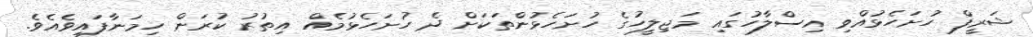
ޝަރީފް ހުށަހެޅުއްވި އިސްލާހުގައި މަޖިލީހުގެ ހުށަހެޅުންތަކަށް ދެ ހުށަހެޅުމެއް އިތުރު ކުރަން ހިމަނާފައިވެއެވެ.